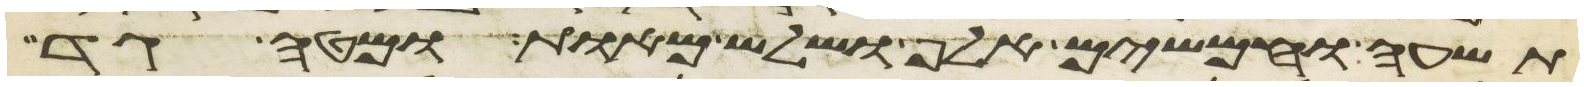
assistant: תשעה וחמשים אלף ושלש מאות ומטה גד